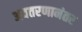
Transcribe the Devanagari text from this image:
अवतरणानंतर